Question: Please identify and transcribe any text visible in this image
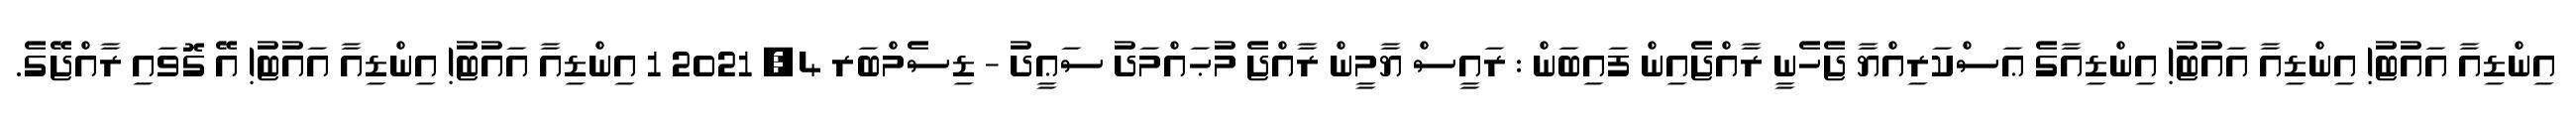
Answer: އިންޑިއާ އައުޓު! އިންޑިއާ އައުޓު! އިންޑިއާގެ ޢަސްކަރިއްޔާ ޖެހެނީ ރާއްޖެއިން ފައިބަން : ރައީސް ޔާމީން ރާއްޖެ މުޙައްމަދު ސަޢީދު - ޑިސެމްބަރ 4, 2021 1 އިންޑިއާ އައުޓު! އިންޑިއާ އައުޓު! އޭ ގޮވައި ރާއްޖޭގެ.